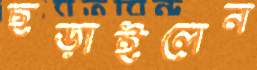
ছড়াইলেন